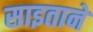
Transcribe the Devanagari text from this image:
साइताने